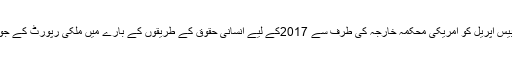
25 اپریل2018ء) چین کی مرکزی کابینہ (سٹیٹ کونسل) کے شعبہ نشرواشاعت کی طرف سے بیس اپریل کو امریکی محکمہ خارجہ کی طرف سے 2017کے لیے انسانی حقوق کے طریقوں کے بارے میں ملکی رپورٹ کے جواب میں 2017میں’’امریکہ کے انسانی حقوق کا ریکارڈ ‘‘کے عنوان سے رپورٹ جاری کی ہے۔